Riigikantselei, lk 10
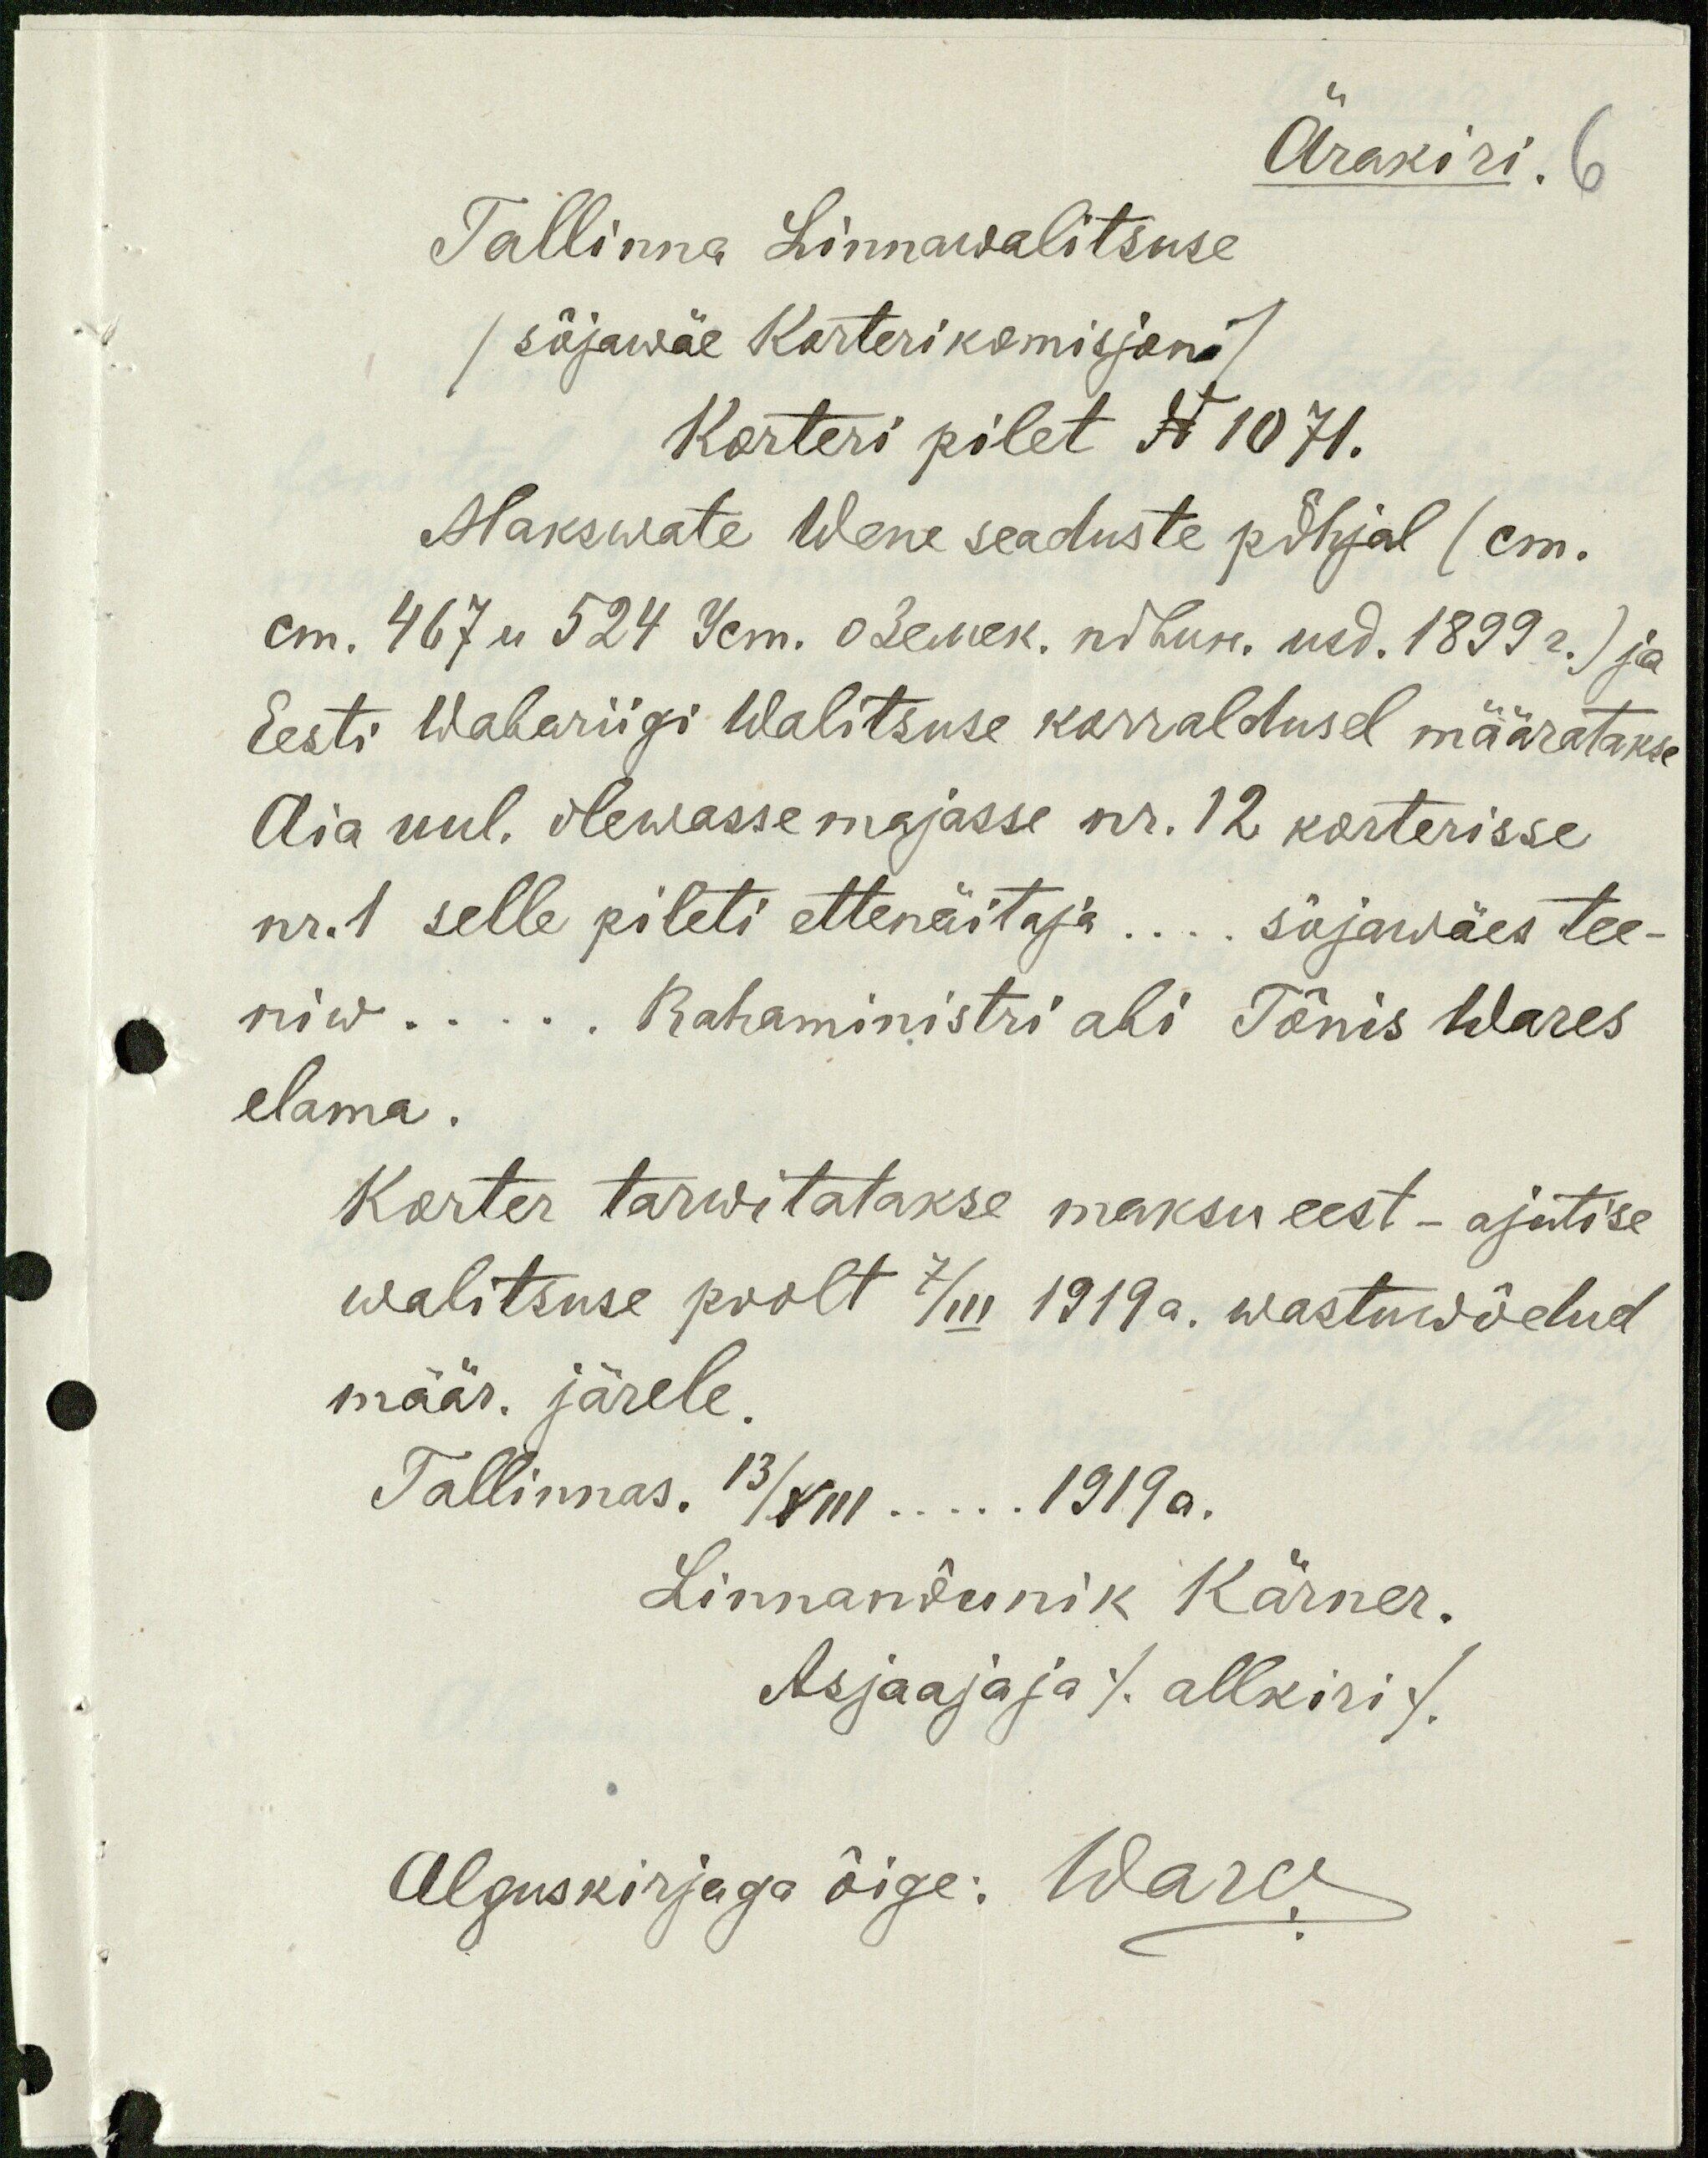
Ärakiri.
Tallinna Linnawalitsuse
/sõjawäe Korterikomisjoni/
Korteri pilet N 1071.
Makswate Wene seaduste põhjal (cm.
cm. 467 u 524 km. December. nõhuk. usd. 1899 a.) ja
Eesti Wabariigi Walitsuse korraldusel määratakse
Aia uul. olewasse majasse nr. 12 korterisse
nr. 1 selle pileti ettenäitaja.... sõjawäes tee-
niw.... Rahaministri abi Tõnis Wares
elama.
Korter tarwitatakse maksu eest - ajutise
walitsuse poolt 7/III 1919 a. wastuwõetud
määr. järele.
Tallinnas. 13/VII.. 1919a.
Linnanõunik Kärner.
Asjaajaja /allkiri/
Alguskirjaga õige: Wares